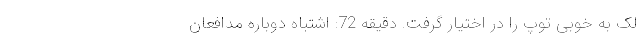
لک به خوبی توپ را در اختیار گرفت. دقیقه 72: اشتباه دوباره مدافعان